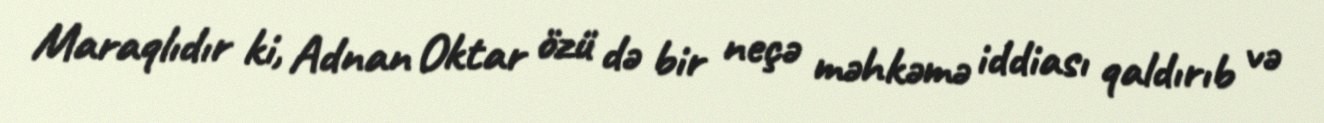
Maraqlıdır ki, Adnan Oktar özü də bir neçə məhkəmə iddiası qaldırıb və